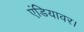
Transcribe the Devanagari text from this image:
एंडियावर।